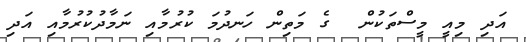
އަދި މިއީ މީސްތަކުން  ގެ މަތިން ހަނދުމަ ކުރުމާއި ނަމާދުކުރުމާއި އަދި